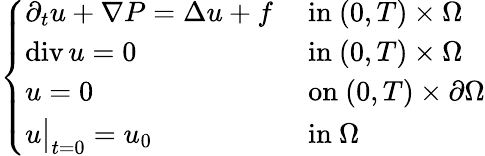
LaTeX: \begin{array}{r}{\left\{ \begin{array}{ll}{\partial_{t}u+\nabla P=\Delta u+f}&{\mathrm{~in~}(0,T)\times\Omega}\\ {\operatorname{div}u=0}&{\mathrm{~in~}(0,T)\times\Omega}\\ {u=0}&{\mathrm{~on~}(0,T)\times\partial\Omega}\\ {u\bigr\rvert_{t=0}=u_{0}}&{\mathrm{~in~}\Omega}\end{array}\right.}\end{array}